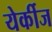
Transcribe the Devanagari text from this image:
येर्कीज